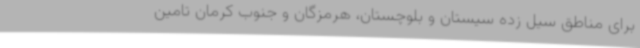
برای مناطق سیل زده سیستان و بلوچستان، هرمزگان و جنوب کرمان تامین